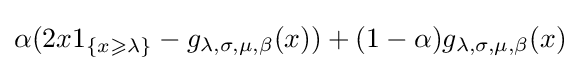
\alpha (2x{1}_{\{x\geqslant \lambda \}}-g_{\lambda ,\sigma ,\mu ,\beta }(x))+(1-\alpha )g_{\lambda ,\sigma ,\mu ,\beta }(x)